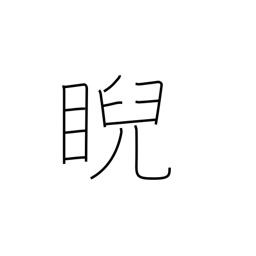
Meaning: scowl at